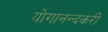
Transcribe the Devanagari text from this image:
योगानन्दकरी